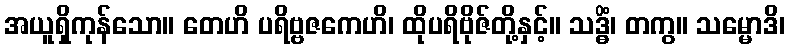
အယူရှိကုန်သော။ တေဟိ ပရိဗ္ဗဇကေဟိ၊ ထိုပရိဗိုဇ်တို့နှင့်။ သဒ္ဓိံ၊ တကွ။ သမ္မောဒိ၊